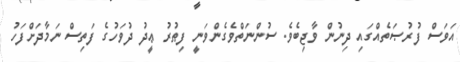
އަވަސް ފުރުޞަތެއްގައި ދިނުން ވާޖިބެވެ. ސުންނަތްވެގެންވަނީ ފިޠުރު ޢީދު ދުވަހުގެ ފަތިސް ނަމާދަށްފަހު